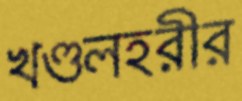
খণ্ডলহরীর